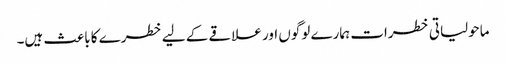
ماحولیاتی خطرات ہمارے لوگوں اور علاقے کے لیے خطرے کا باعث ہیں۔